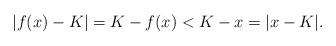
LaTeX: \begin{align*}|f(x)-K|=K-f(x) < K-x=|x-K|.\end{align*}